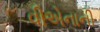
વીએનાની